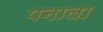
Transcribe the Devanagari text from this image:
पनाला